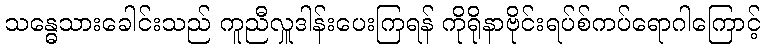
သန္ဓေသားခေါင်းသည် ကူညီလှူဒါန်းပေးကြရန် ကိုရိုနာဗိုင်းရပ်စ်ကပ်ရောဂါကြောင့်